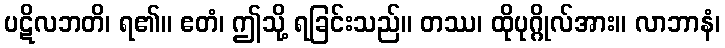
ပဋိလဘတိ၊ ရ၏။ ဧတံ၊ ဤသို့ ရခြင်းသည်။ တဿ၊ ထိုပုဂ္ဂိုလ်အား။ လာဘာနံ၊